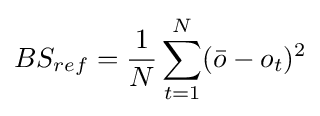
BS_{ref}={\frac {1}{N}}\sum \limits _{t=1}^{N}({\bar {o}}-o_{t})^{2}